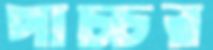
পাচ্চর